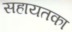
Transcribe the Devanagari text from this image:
सहायतका